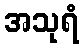
အသုရံ